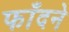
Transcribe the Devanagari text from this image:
फाँदने